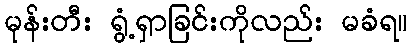
မုန်းတီး ရွံ့ရှာခြင်းကိုလည်း မခံရ။